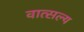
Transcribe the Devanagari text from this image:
वात्‍सल्‍य